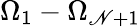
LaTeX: \Omega_{1}-\Omega_{\mathscr{N}+1}